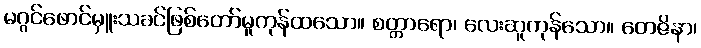
မဂ္ဂင်ဖောင်မှူးသခင်ဖြစ်တော်မူကုန်ထသော။ စတ္တာရော၊ လေးဆူကုန်သော။ တေဇိနာ၊